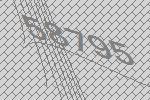
58795